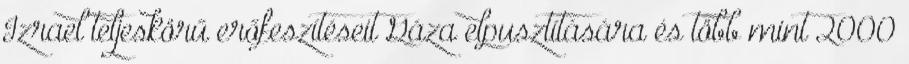
Izrael teljeskörű erőfeszítéseit Gáza elpusztítására és több mint 2000